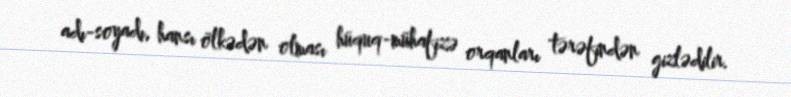
adı-soyadı, hansı ölkədən olması hüquq-mühafizə orqanları tərəfindən gizlədilir.